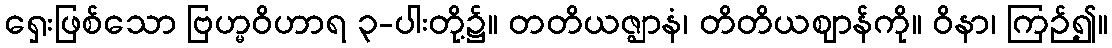
ရှေးဖြစ်သော ဗြဟ္မဝိဟာရ ၃-ပါးတို့၌။ တတိယဇ္ဈာနံ၊ တိတိယဈာန်ကို။ ဝိနာ၊ ကြဉ်၍။